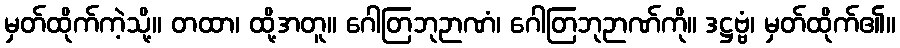
မှတ်ထိုက်ကဲ့သို့။ တထာ၊ ထို့အတူ။ ဂေါတြဘုဉာဏံ၊ ဂေါတြဘုဉာဏ်ကို။ ဒဋ္ဌဗ္ဗံ၊ မှတ်ထိုက်၏။